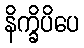
နိက္ခိပိပေ